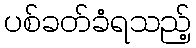
ပစ်ခတ်ခံရသည့်